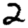
Digit: 2